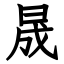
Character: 晟